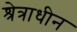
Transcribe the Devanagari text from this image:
श्रेत्राधीन